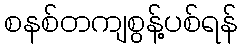
စနစ်တကျစွန့်ပစ်ရန်